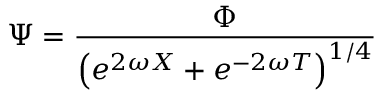
\Psi = \frac { \Phi } { \left( e ^ { 2 \omega X } + e ^ { - 2 \omega T } \right) ^ { 1 / 4 } }